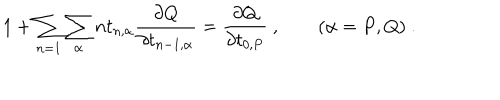
1 + \sum _ { n = 1 } \sum _ { \alpha } n t _ { n , \alpha } \frac { \partial Q } { \partial t _ { n - 1 , \alpha } } = \frac { \partial Q } { \partial t _ { 0 , P } } ~ , ~ ~ ( \alpha = P , Q ) ~ .